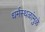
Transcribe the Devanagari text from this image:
धर्मस्थळांमुळे